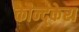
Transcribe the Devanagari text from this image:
कौन्द्केरा